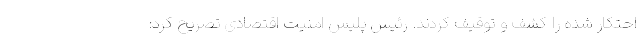
احتکار شده را کشف و توقیف کردند. رئیس پلیس امنیت اقتصادی تصریح کرد: